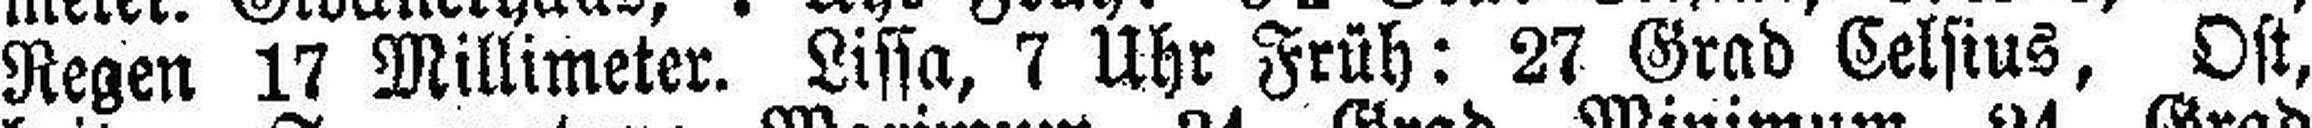
Regen 17 Millimeter. Lissa, 7 Uhr Früh: 27 Grad Celsius, Ost,